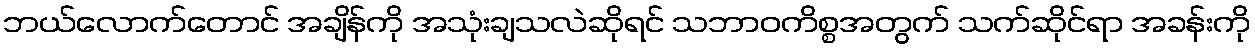
ဘယ်လောက်တောင် အချိန်ကို အသုံးချသလဲဆိုရင် သဘာဝကိစ္စအတွက် သက်ဆိုင်ရာ အခန်းကို